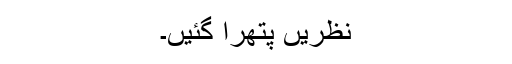
نظریں پتھرا گئیں۔